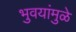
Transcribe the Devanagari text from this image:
भुवयांमुळे